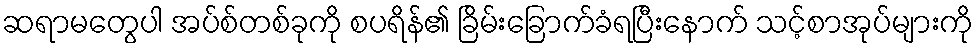
ဆရာမတွေပါ အပ်စ်တစ်ခုကို စပရိန်၏ ခြိမ်းခြောက်ခံရပြီးနောက် သင့်စာအုပ်များကို